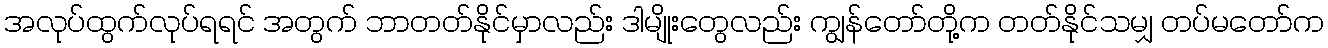
အလုပ်ထွက်လုပ်ရရင် အတွက် ဘာတတ်နိုင်မှာလည်း ဒါမျိုးတွေလည်း ကျွန်တော်တို့က တတ်နိုင်သမျှ တပ်မတော်က